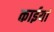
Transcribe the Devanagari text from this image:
काईयां